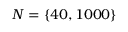
N = \{ 4 0 , 1 0 0 0 \}